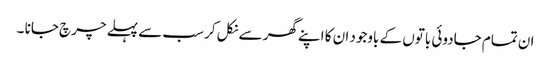
ان تمام جادوئی باتوں کے باوجود ان کا اپنے گھر سے نکل کر سب سے پہلے چرچ جانا ۔